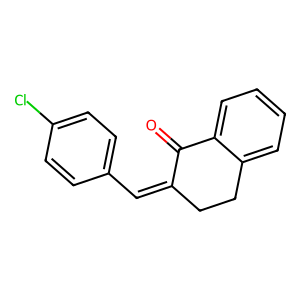
SMILES: O=C1C(=Cc2ccc(Cl)cc2)CCc2ccccc21
Inhibits HIV replication: No